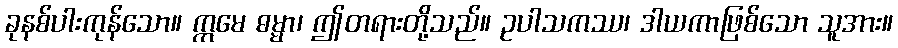
ခုနစ်ပါးကုန်သော။ ဣမေ ဓမ္မာ၊ ဤတရားတို့သည်။ ဥပါသကဿ၊ ဒါယကာဖြစ်သော သူအား။